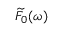
\widetilde { F } _ { 0 } ( \omega )